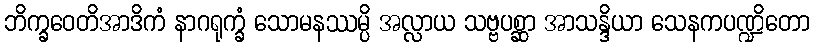
ဘိက္ခဝေတိအာဒိကံ နာဂရုက္ခံ သောမနဿမ္ပိ အလ္လာယ သဗ္ဗပစ္ဆာ အာသန္ဒိယာ သေနကပဏ္ဍိတော